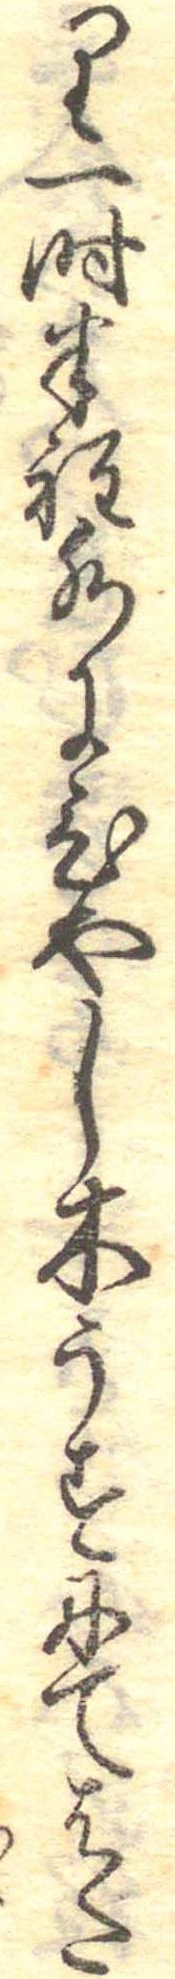
り一時半程水にひやし木うすにてはた